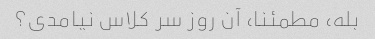
بله، مطمئنا، آن روز سر کلاس نیامدی؟